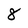
Character: 8